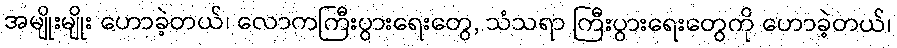
အမျိုးမျိုး ဟောခဲ့တယ်၊ လောကကြီးပွားရေးတွေ, သံသရာ ကြီးပွားရေးတွေကို ဟောခဲ့တယ်၊